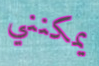
يمكنني